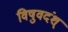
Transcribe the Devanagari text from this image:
विषुवदंश्